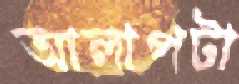
আলাপটা